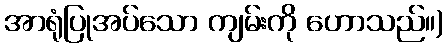
အာရုံပြုအပ်သော ကျမ်းကို ဟောသည်။)